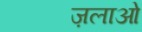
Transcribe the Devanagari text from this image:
ज़लाओं